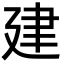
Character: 建